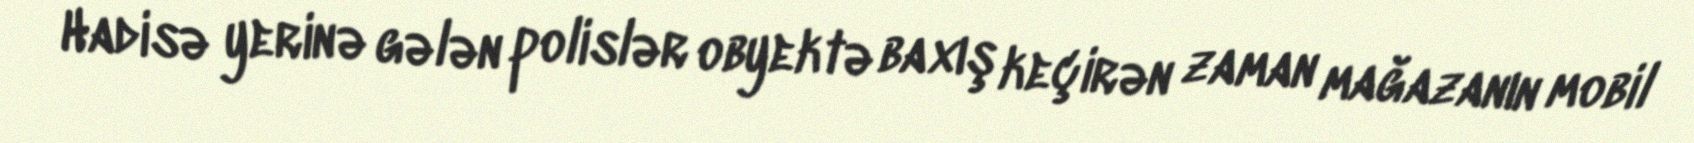
Hadisə yerinə gələn polislər obyektə baxış keçirən zaman mağazanın mobil